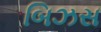
બિઝસ